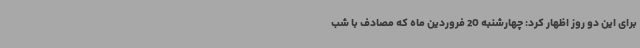
برای این دو روز اظهار کرد: چهارشنبه 20 فروردین ماه که مصادف با شب